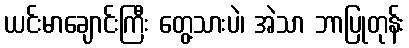
ယင်းမာချောင်းကြီး တွေ့သားပဲ၊ အဲသာ ဘာပြုတုန်း